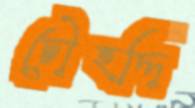
চৌহদ্দি